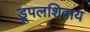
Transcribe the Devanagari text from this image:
ड्रूपलशिवाय